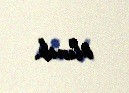
alınıb.